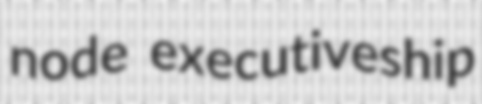
node executiveship